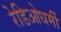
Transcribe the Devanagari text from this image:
रेडिओधर्मी